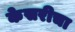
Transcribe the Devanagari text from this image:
केसरीचा